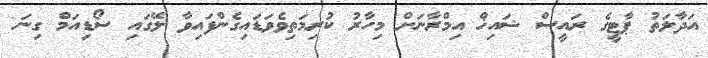
އަދާލަތު ޕާޓީގެ ރައީސް ޝައިޚް އިމްރާނަށް މިހާރު ކުރިމަތިވެވަޑައިގެންފައިވާ ލޭގައި ސޯޑިއަމް ގިނަ